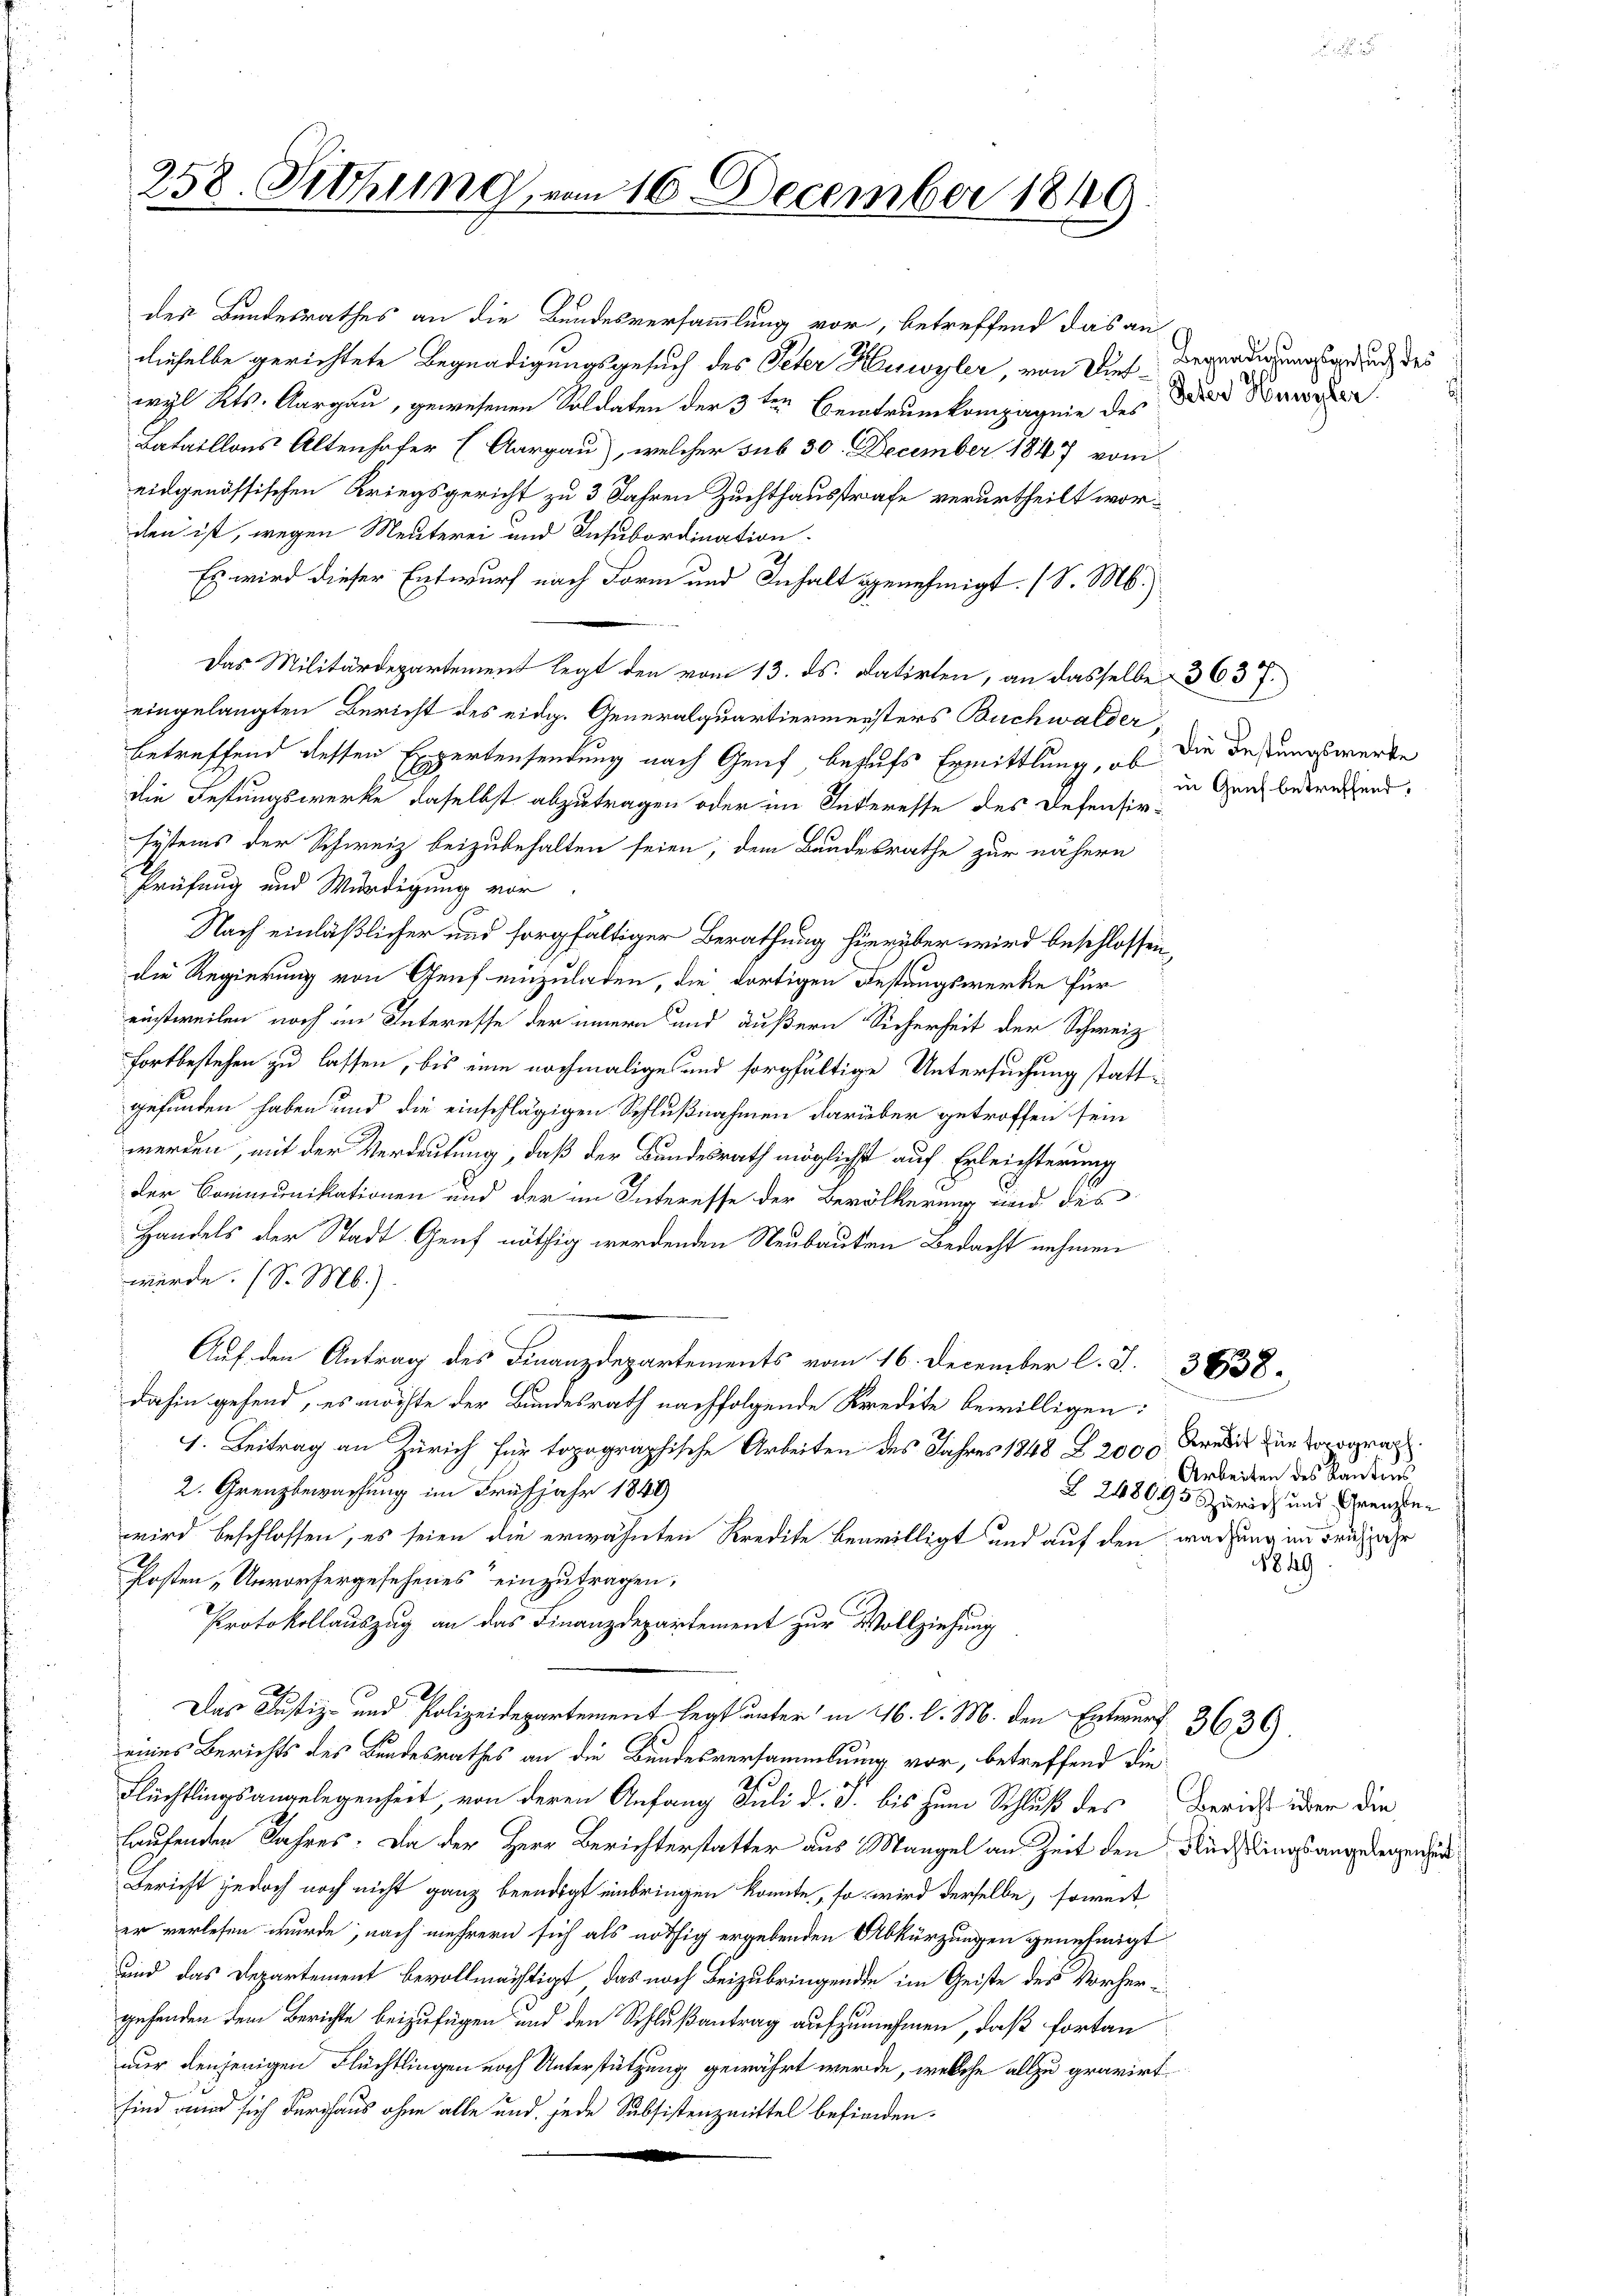
des Bundesrathes an die Bundesversammlung vor, betreffend das andieselbe gerichtete Begnadigungsgesuch des Peter Huswyler, von Dies Begnadigungsgrund des
wyl Kts. Aargau, gewesenen Soldaten der 3ten Beitrunkompagnie des Tod der
Bataillons Altenhofer (Aargau), welcher sub 30. December 1847 vom
eidgenössischen Kriegsgericht zu 3 Jahren Zuchthausstrafe verurtheilt worden ist, wegen Menterei und Insubordination
Es wird dieser Entwurf nach Form und Inhalt genehmigt. (S. M.)
Das Militärdepartement legt den vom 13. ds. datirten, an dasselbe 363 f.
eingelangten Bericht des eidg. Generalquartiermeisters Buchwalder
betreffend dessen Expertensendung nach Genf, behufs Ermittlung, ob die Festungswerke
die Festungswerke, daselbst abzutragen oder im Interesse des Defensir-
systems der Schweiz beizubehalten seien, dem Bandesrathe zur nähern
Prüfung und Würdigung vor
Nach einläßlicher und sorgfältiger Berathung hierüber wird beschlossen,
die Regierung von Genf einzuladen, die dortigen Festungswerke für
einstweilen noch im Interesse der innern und äußern Sicherheit der Schweiz
fortbestehen zu lassen, bis eine nochmalige und sorgfältige Untersuchung stattgefunden haben und die einschlägigen Schlußnahmen darüber getroffen sein
werden, mit der Verdeutung, daß der Bundesrath möglichst auf Erleichterung
der Communikationen und der im Interesse der Bevölkerung und des
Handels der Stadt Genf nöthig werdenden Neubauten Bedacht nehmen
werde. (S. M.)
Auf den Antrag des Finanzdepartements vom 16. December l. J. 3638.
dahin gehend, es möchte der Bundesrath nachfolgende Kredite bewilligen:
1. Beitrag an Zürich für topographische Arbeiten des Jahres 1848 Z. 2000 Kredit zur Vorograph
2. Grenzbewachung im Frühjahr 1849
wird beschlossen, es seien die erwähnten Kredite bewilligt und auf den wachung im Früh
Posten „Unvorhergesehenes einzutragen;
Protokollauszug an das Finanzdepartement zur Vollziehung
Das Justiz- und Polizeidepartement legt unter in 46. l. M. den Entwurf 3636).
eines Berichts des Bundesrathes an die Bundesversammlung vor, betreffend die
e
Flüchtlingsangelegenheit, von deren Anfang Juli d. J. bis zum Schluß des Bericht über die
laufenden Jahres. Da der Herr Berichterstatter aus Mangel an Zeit den Nächtlings angelegen sind
Bericht jedoch noch nicht ganz beendigt einbringen könnte, so wird derselbe, soweit
er verlesen wurde, nach mehrern sich als nöthig ergebenden Abkürzungen genehmigt
und das Departement bevollmächtigt, das noch Beizubringende im Geiste des Vorhergefanden dem Berichte beizufügen und den Schlußantrag aufzunehmen, daß fortan
nur denjenigen Flüchtlingen noch Unterstützung gewährt werde, welche allzu gravirt.
sind wird sich durchaus ohne alle und jede Subsistenzmittel befinden.

258. Sitzung, vom 16. December 1849

in Genf betreffend.

Arbeiten des Kantons¬
§ 248695 Zürich und Grenzten
1849